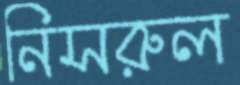
নিসরুল